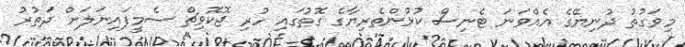
މިވަގުތު ދުނިޔޭގެ އެއްވަނަ ޓެނިސް ކުޅުންތެރިޔާގެ ގޮތުގައި ހުރި ޖޮކޮވިޗް ސެމީފައިނަލަށް ދަތުރު